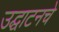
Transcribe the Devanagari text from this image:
उद्घाटनचे